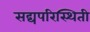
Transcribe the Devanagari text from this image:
सद्यपरिस्थिती